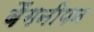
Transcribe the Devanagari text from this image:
बैंगनीपन